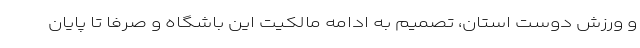
و ورزش دوست استان، تصمیم به ادامه مالکیت این باشگاه و صرفا تا پایان